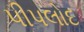
પીપલોદ